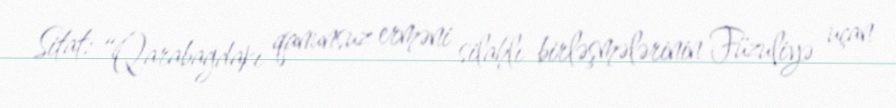
Sitat: “Qarabağdakı qanunsuz erməni silahlı birləşmələrinin Füzuliyə uçan